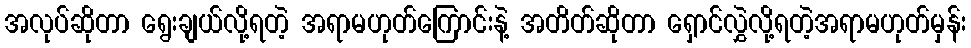
အလုပ်ဆိုတာ ရွေးချယ်လို့ရတဲ့ အရာမဟုတ်ကြောင်းနဲ့ အတိတ်ဆိုတာ ရှောင်လွှဲလို့ရတဲ့အရာမဟုတ်မှန်း